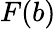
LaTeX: F(b)